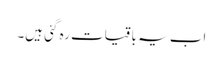
اب یہ باقیات رہ گئی ہیں۔